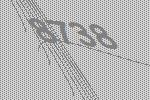
8738